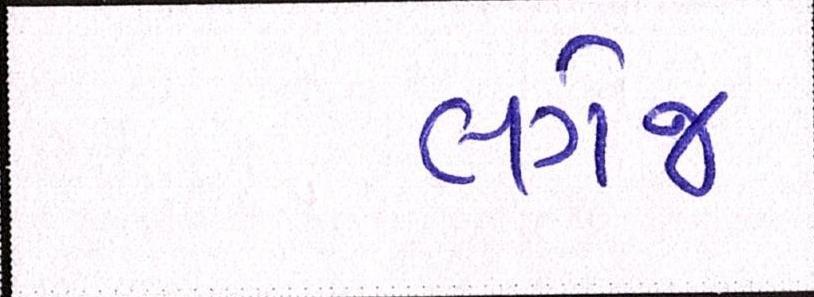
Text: લગેજ